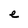
Character: e